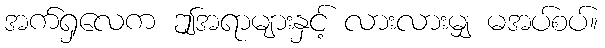
အက်ရှလေက ဤအရာများနှင့် လားလားမျှ မအပ်စပ်။